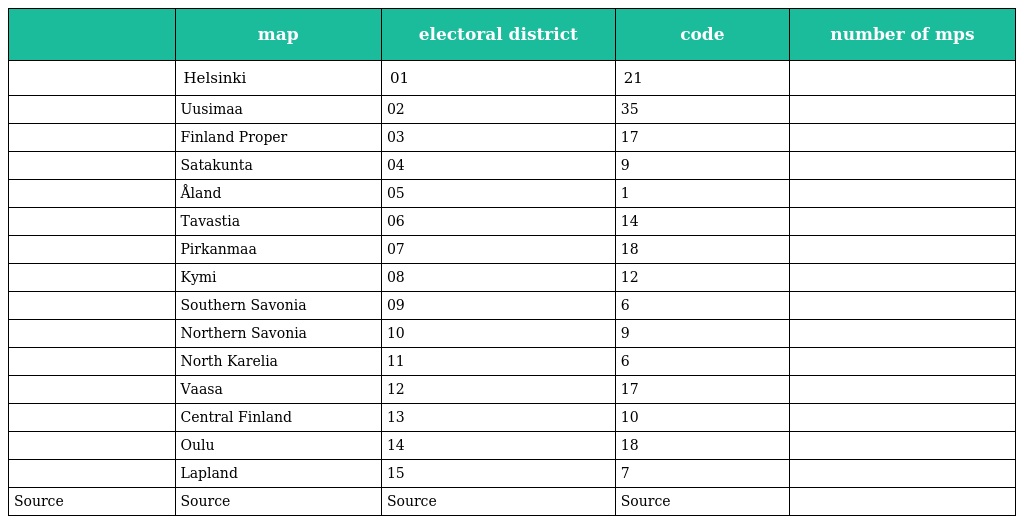
|  | map | electoral district | code | number of mps |
 | --- | --- | --- | --- | --- |
 |  | Helsinki | 01 | 21 |  |
 |  | Uusimaa | 02 | 35 |  |
 |  | Finland Proper | 03 | 17 |  |
 |  | Satakunta | 04 | 9 |  |
 |  | Åland | 05 | 1 |  |
 |  | Tavastia | 06 | 14 |  |
 |  | Pirkanmaa | 07 | 18 |  |
 |  | Kymi | 08 | 12 |  |
 |  | Southern Savonia | 09 | 6 |  |
 |  | Northern Savonia | 10 | 9 |  |
 |  | North Karelia | 11 | 6 |  |
 |  | Vaasa | 12 | 17 |  |
 |  | Central Finland | 13 | 10 |  |
 |  | Oulu | 14 | 18 |  |
 |  | Lapland | 15 | 7 |  |
 | Source | Source | Source | Source |  |